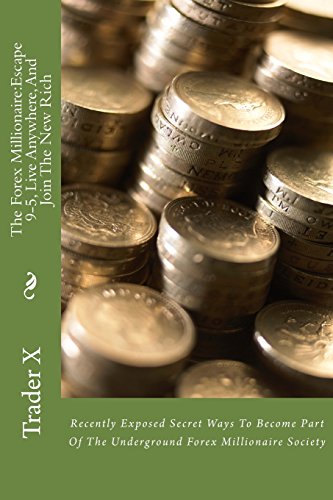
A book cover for The Forex Millionaire:Escape 9-5, Live Anywhere, And Join The New Rich: Recently Exposed Secret Ways To Become Part Of The Underground Forex Millionaire Society; Trader X; Business & Money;